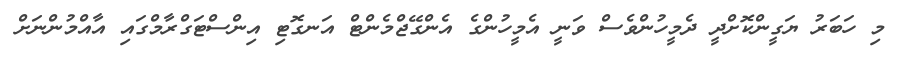
މި ހަބަރު ޔަގީންކޮށްދީ ދެމީހުންވެސް ވަަނީ އެމީހުންގެ އެންގޭޖްމެންޓް އަނގޮޓި އިންސްޓަގްރާމްގައި އާއްމުންނަށް